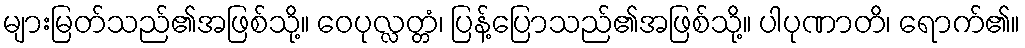
များမြတ်သည်၏အဖြစ်သို့။ ဝေပုလ္လတ္တံ၊ ပြန့်ပြောသည်၏အဖြစ်သို့။ ပါပုဏာတိ၊ ရောက်၏။